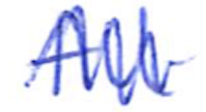
Text: All
Cross-out: zig-zag
Writing tool: ballpoint